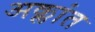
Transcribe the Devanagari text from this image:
अक्लांत